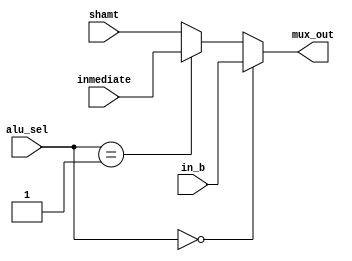
`timescale 1ns / 1ps

module MuxALU (in_b, inmediate, shamt, alu_sel, mux_out);

input wire [31:0] in_b, inmediate, shamt;
input wire [2:0] alu_sel;
output reg [31:0] mux_out;

always @*
begin
    if (alu_sel == 0) begin
        mux_out = in_b;
    end
    else if (alu_sel == 1) begin
        mux_out = inmediate;
    end
    else begin  // alu_sel == 10
        mux_out = shamt;
    end
end

endmodule